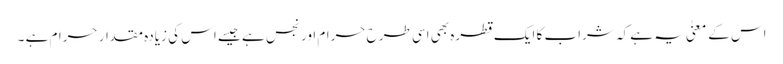
اس کے معنیٰ یہ ہے کہ شراب کا ایک قطرہ بھی اسی طرح حرام اور نجس ہے جیسے اس کی زیادہ مقدار حرام ہے ۔